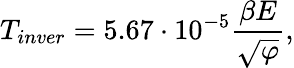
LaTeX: {T_{inver}}=5.67\cdot{10^{-5}}\frac{{\beta E}}{{\sqrt\varphi}},